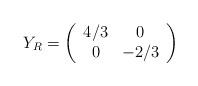
LaTeX: \begin{align*}Y_{R}=\left(\begin{array}{cc} 4/3&0\\ 0&-2/3 \end{array}\right)\end{align*}